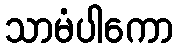
သာမံပါကော